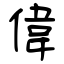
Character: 偉